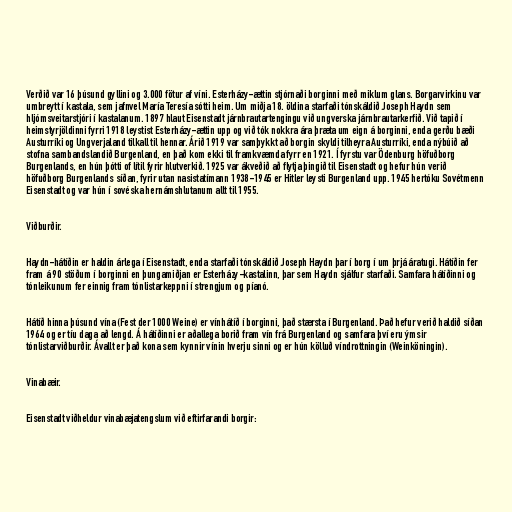
Verðið var 16 þúsund gyllini og 3.000 fötur af víni. Esterházy-ættin stjórnaði borginni með miklum glans. Borgarvirkinu var
umbreytt í kastala, sem jafnvel María Teresía sótti heim. Um miðja 18. öldina starfaði tónskáldið Joseph Haydn sem
hljómsveitarstjóri í kastalanum. 1897 hlaut Eisenstadt járnbrautartengingu við ungverska járnbrautarkerfið. Við tapið í
heimstyrjöldinni fyrri 1918 leystist Esterházy-ættin upp og við tók nokkra ára þræta um eign á borginni, enda gerðu bæði
Austurríki og Ungverjaland tilkall til hennar. Árið 1919 var samþykkt að borgin skyldi tilheyra Austurríki, enda nýbúið að
stofna sambandslandið Burgenland, en það kom ekki til framkvæmda fyrr en 1921. Í fyrstu var Ödenburg höfuðborg
Burgenlands, en hún þótti of lítil fyrir hlutverkið. 1925 var ákveðið að flytja þingið til Eisenstadt og hefur hún verið
höfuðborg Burgenlands síðan, fyrir utan nasistatímann 1938-1945 er Hitler leysti Burgenland upp. 1945 hertóku Sovétmenn
Eisenstadt og var hún í sovéska hernámshlutanum allt til 1955.

Viðburðir.

Haydn-hátíðin er haldin árlega í Eisenstadt, enda starfaði tónskáldið Joseph Haydn þar í borg í um þrjá áratugi. Hátíðin fer
fram á 90 stöðum í borginni en þungamiðjan er Esterházy-kastalinn, þar sem Haydn sjálfur starfaði. Samfara hátíðinni og
tónleikunum fer einnig fram tónlistarkeppni í strengjum og píanó.

Hátíð hinna þúsund vína (Fest der 1000 Weine) er vínhátíð í borginni, það stærsta í Burgenland. Það hefur verið haldið síðan
1964 og er tíu daga að lengd. Á hátíðinni er aðallega borið fram vín frá Burgenland og samfara því eru ýmsir
tónlistarviðburðir. Ávallt er það kona sem kynnir vínin hverju sinni og er hún kölluð víndrottningin (Weinköningin).

Vinabæir.

Eisenstadt viðheldur vinabæjatengslum við eftirfarandi borgir: